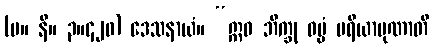
(မ။ နိ။ ၃။၄၂၀) ဒေသနာယံ။ “ဣဓ ဘိက္ခု ဓမ္မံ ပရိယာပုဏာတိ